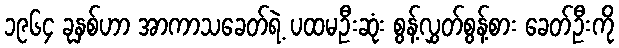
၁၉၆၄ ခုနှစ်ဟာ အာကာသခေတ်ရဲ့ ပထမဦးဆုံး စွန့်လွှတ်စွန့်စား ခေတ်ဦးကို